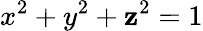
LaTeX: x^{2}+y^{2}+\mathbf{z}^{2}=1